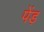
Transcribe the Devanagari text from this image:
पेंड़